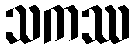
သကဿ